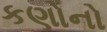
કણોનો